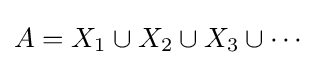
A=X_{1}\cup X_{2}\cup X_{3}\cup \cdots